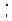
: